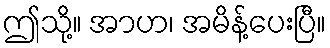
ဤသို့။ အာဟ၊ အမိန့်ပေးပြီ။